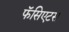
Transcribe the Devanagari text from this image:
फॅसिएटस